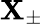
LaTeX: \mathbf{X}_{\pm}